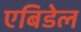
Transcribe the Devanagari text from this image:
एबिडेल